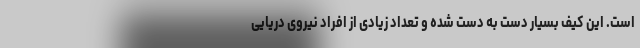
است. این کیف بسیار دست به دست شده و تعداد زیادی از افراد نیروی دریایی